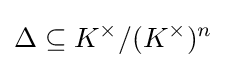
\Delta \subseteq K^{\times }/(K^{\times })^{n}